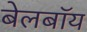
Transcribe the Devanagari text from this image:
बेलबॉय